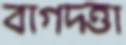
বাগদত্তা